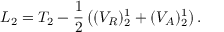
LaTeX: L _ { 2 } = T _ { 2 } - { \frac { 1 } { 2 } } \left( ( V _ { R } ) _ { 2 } ^ { 1 } + ( V _ { A } ) _ { 2 } ^ { 1 } \right) .